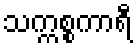
သက္ကစ္စကာရီ